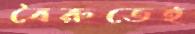
বৈরুতেই